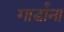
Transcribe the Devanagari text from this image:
गार्डांना